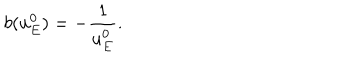
b ( u _ { E } ^ { 0 } ) = - \frac { 1 } { u _ { E } ^ { 0 } } .